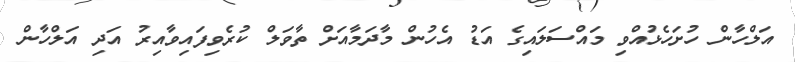
އަލްހާން ހުށަހެޅުއްވި މައްސަލައިގެ އަޑު އެހުން މާދަމާއަށް ތާވަލް ކުރެވިފައިވާއިރު އަދި އަލްހާން